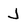
Character: J